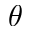
\boldsymbol { \theta }